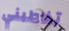
تخاطبني